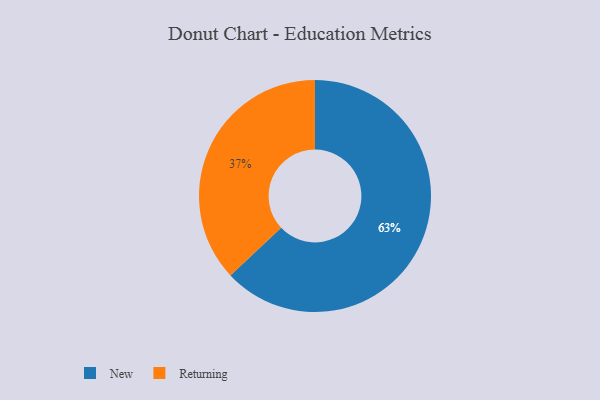
{"axis": {"x": "Category", "y": "Percentage"}, "legend": ["New", "Returning"], "data": [{"x": "New", "y": 63, "type": "New"}, {"x": "Returning", "y": 37, "type": "Returning"}]}